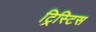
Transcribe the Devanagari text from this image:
ट्रिस्टिस